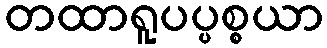
တထာရူပပ္ပစ္စယာ